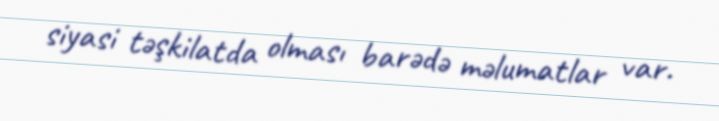
siyasi təşkilatda olması barədə məlumatlar var.